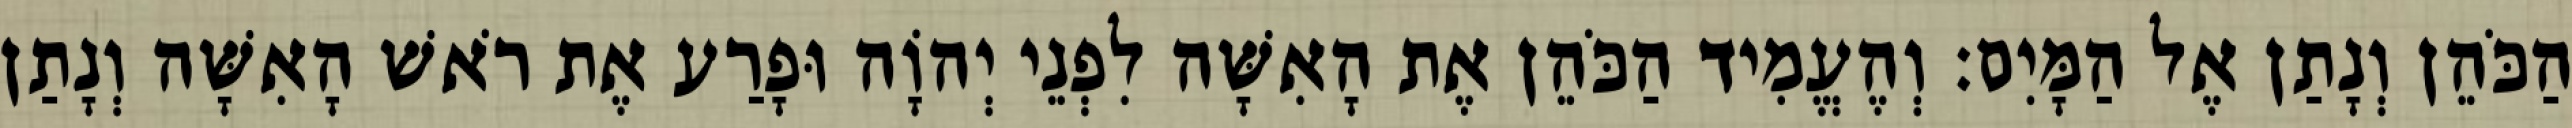
הַכֹּהֵן וְנָתַן אֶל הַמָּיִם׃ וְהֶעֱמִיד הַכֹּהֵן אֶת הָאִשָּׁה לִפְנֵי יְהוָֹה וּפָרַע אֶת רֹאשׁ הָאִשָּׁה וְנָתַן